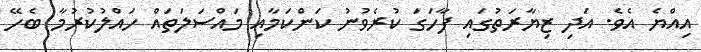
އިއްޔެ އެވެ. އަދި ޒިޔާރަތުގައި ފާހަގަ ކުރެވުނު ކަންކަމާއި މައްސަލަތައް ހައްލުކުރުމާ ބެހޭ